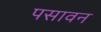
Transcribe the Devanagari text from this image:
पसावन